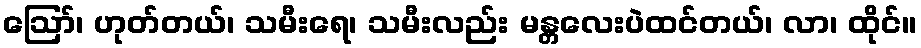
ဪ၊ ဟုတ်တယ်၊ သမီးရေ၊ သမီးလည်း မန္တလေးပဲထင်တယ်၊ လာ၊ ထိုင်။